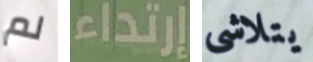
لم إرتداء يتلاشى